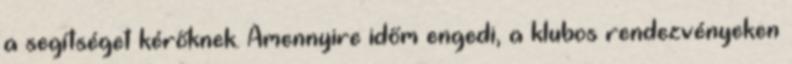
a segítséget kérőknek. Amennyire időm engedi, a klubos rendezvényeken